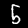
Digit: 5